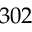
3 0 2